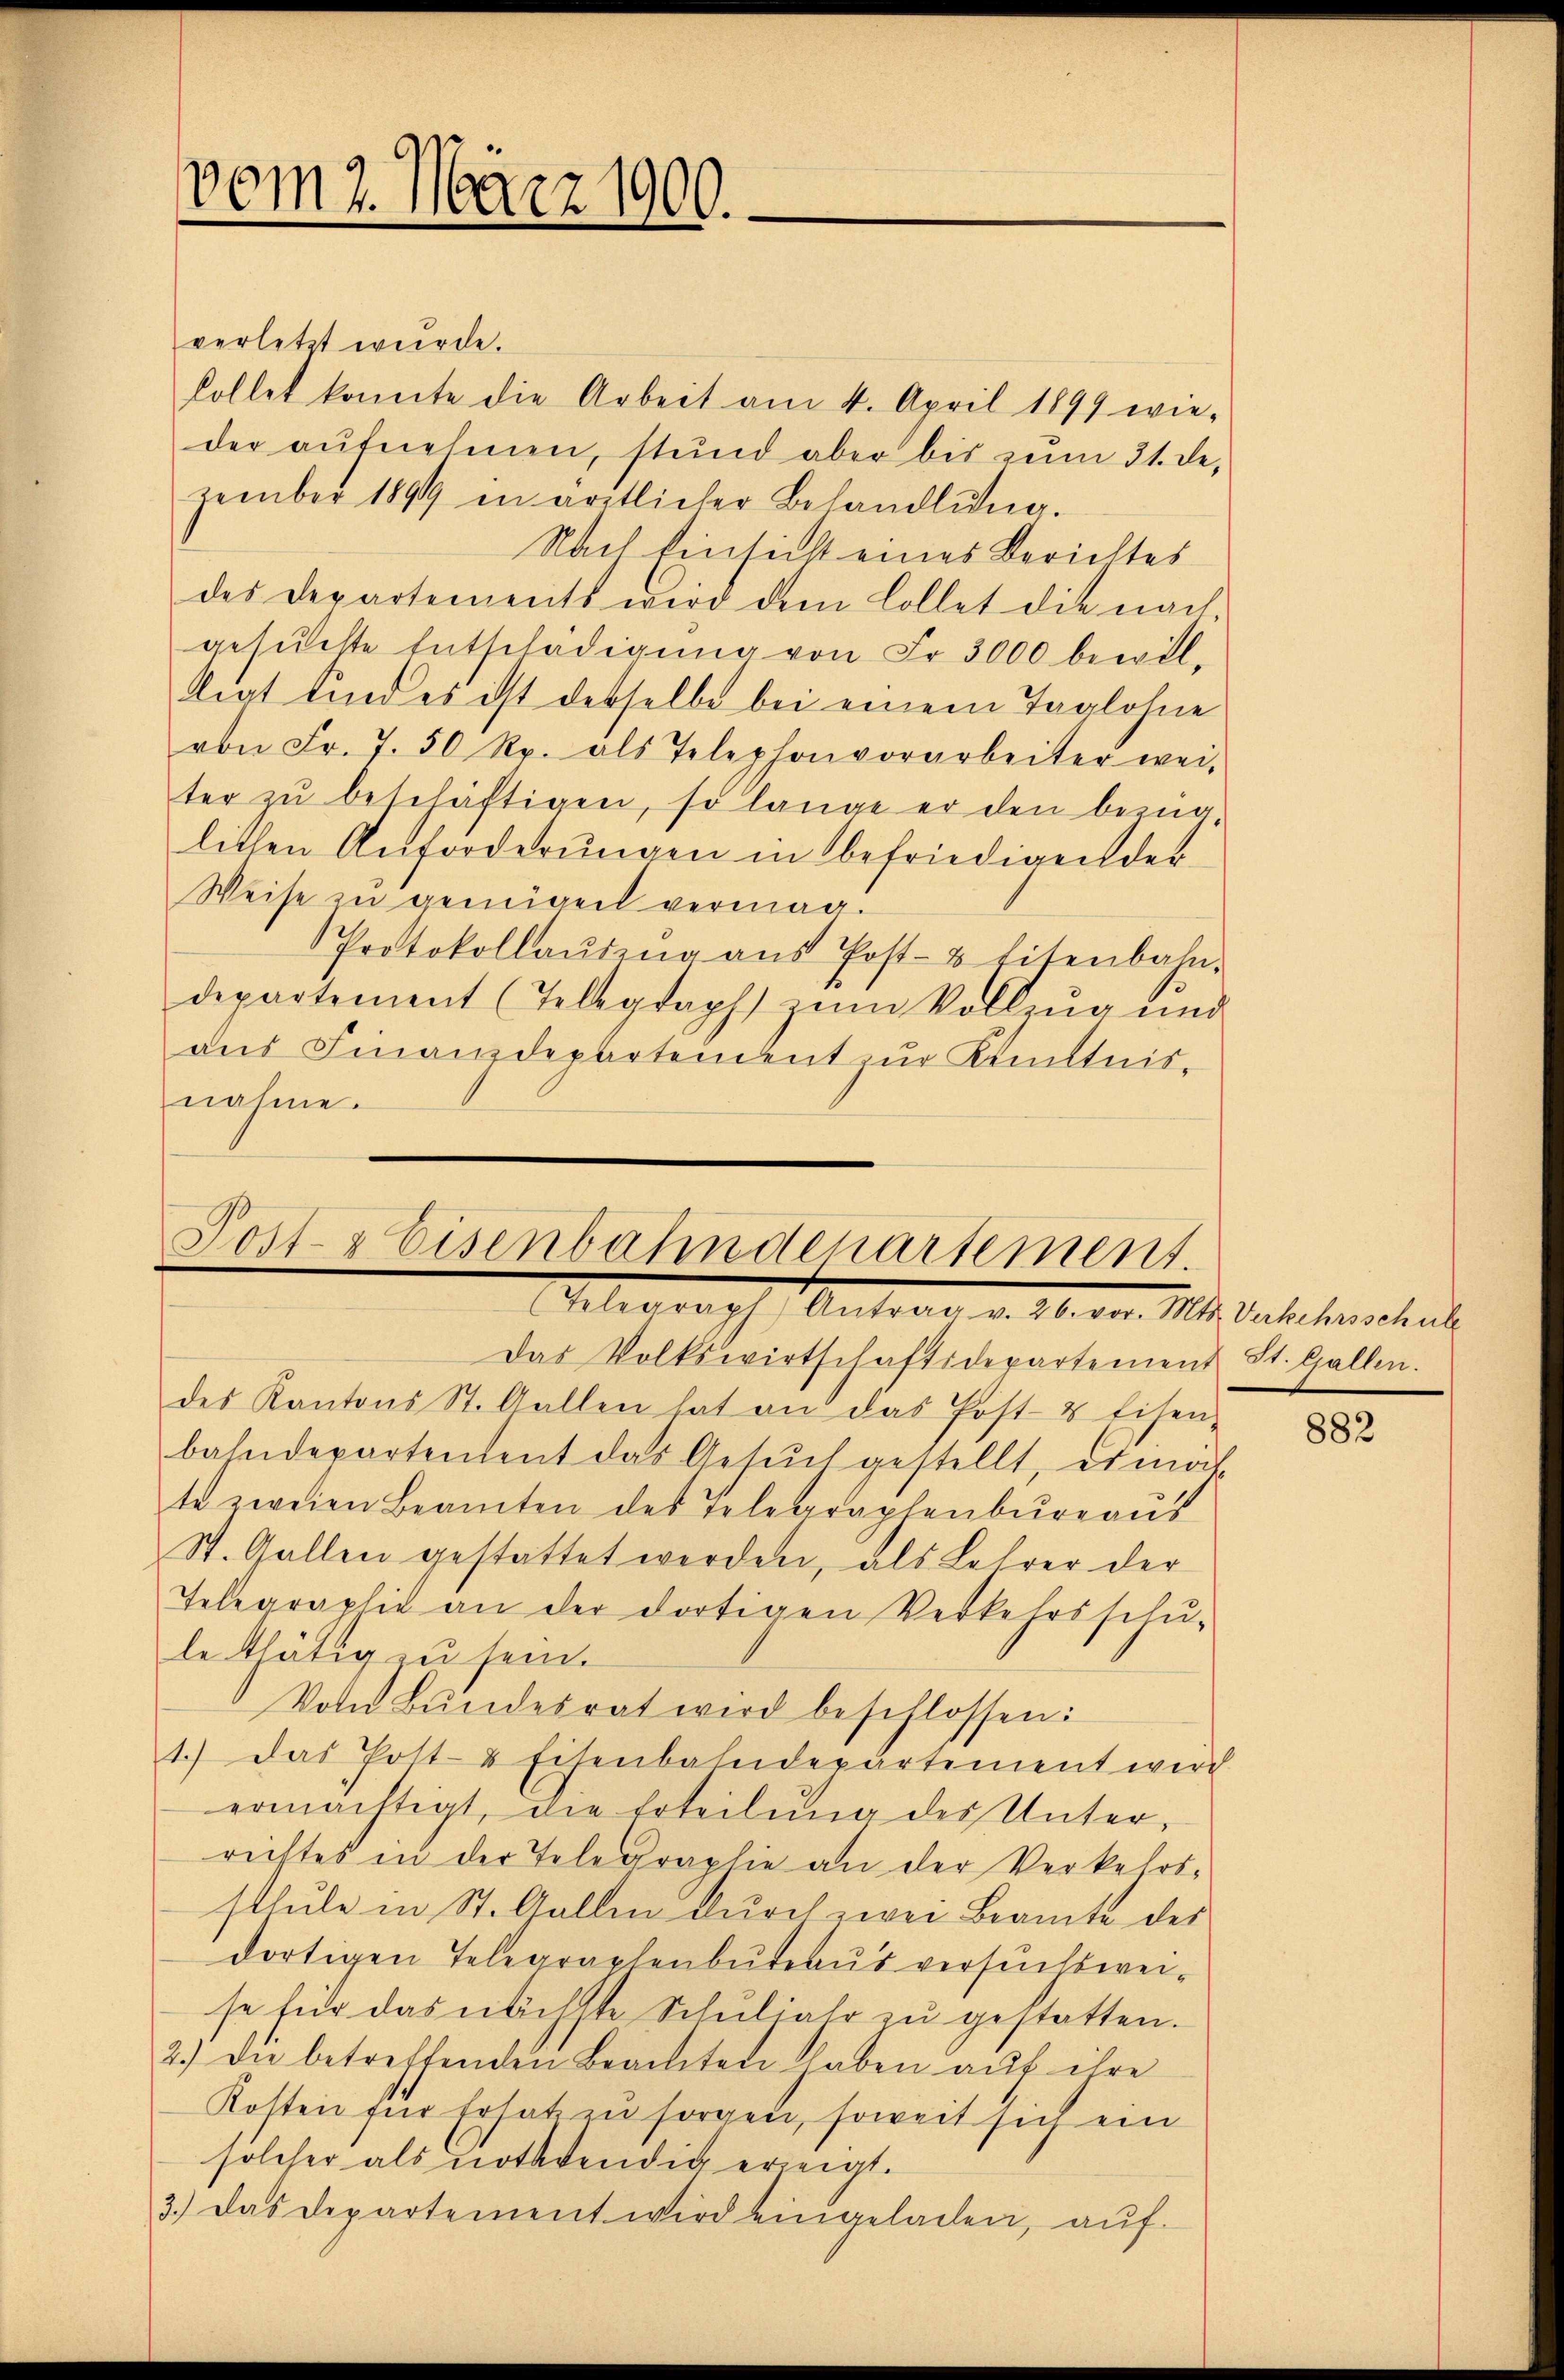
vom 7. März 1900.

verletzt wurde.
sollet konnte die Arbeit am 4. April 1899 wie-
der aufnehmen, stund aber bis zum 31. de.
zember 1899 in ärztlicher Behandlŭng.
Nach Einsicht eines Berichtes
des Departements wird dem Collet die nach
gesuchte Entschädigung von Fr. 3000 bewilliat sind es ist derselbe bei einem Taglohne
von Fr. 7. 50 Rp. als Telephonvorarbeiter wei-
ter zu beschäftigen, so lange er den beig
lichen Anforderungen in befriedigen der
Weise zu gemiget vermag.
Protokollaŭsing ans Post- & Eisenbahn-
departement (Telegraph zŭm Vollzŭg und
aus Finanzdepartement zur Kenntnis-
nahme.

Post- & Eisenbahndepartement.
Gelegraph Antrale a. Aberg. 114. Taschmache

Das Volkswirtschaftsdepartement St. Gallen.
des Kantons St. Gallen hat an das Post- & Eisen-
bahndepartendent das Gesŭch gestellt, etwas
te zweien Beamten des Telegraphenbüreaŭs
St. Gallen gestattet werden, als Lehrer der
Telegraphie an der dortigen Verkehrsschŭ-
le thätig zu sein.
Vom Bŭndesrat wird beschlossen:
1.) Das Post- & Eisenbahndepartement wird
ermächtigt, die Erteilung des Unter
rechtes in der Telegraphie an der Verkehrs-
sthŭle in St. Gallen dŭrch zwei Beamte des
dortigen Telegraphenbureaus versuchsweise für das nächste Schŭljahr zŭ gestatten.
2.) Die betreffenden Beamten haben auf ihre
Kosten für Ersatzen sorgen, soweit sich ein
solcher als nothwendig erzeigt.
3.) Das Departement wird eingeladen, auf

882